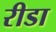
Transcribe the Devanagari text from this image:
रीडा